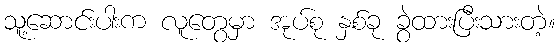
သူ့ဆောင်းပါးက လူတွေမှာ အုပ်စု နှစ်ခု ခွဲထားပြီးသားတဲ့။